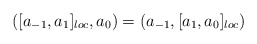
\begin{align*}([a_{-1},a_1]_{loc},a_0) = (a_{-1},[a_1,a_0]_{loc})\end{align*}